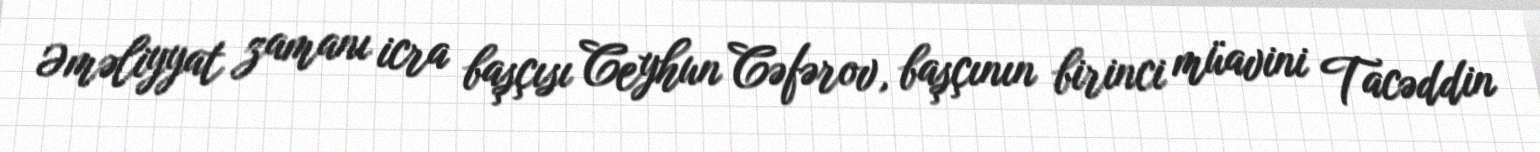
Əməliyyat zamanı icra başçısı Ceyhun Cəfərov, başçının birinci müavini Tacəddin